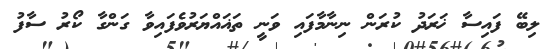
ލިބޭ ފައިސާ ޚަރަދު ކުރަން ނިނާމާފައި ވަނީ ތަޣައްޔަރުވެފައިވާ ގަންގާ ކޯރު ސާފު